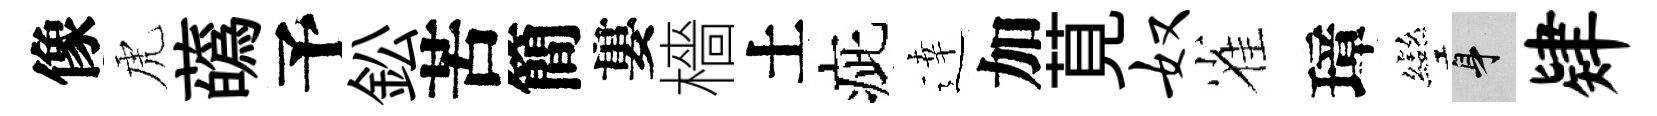
像虎蘤予鈆苦簡婁檣土疵逹加莧奴雀璋彎身肄